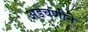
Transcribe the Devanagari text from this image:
अडचणीने